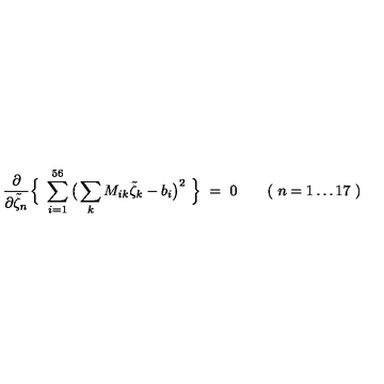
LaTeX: \frac { \partial } { \partial \tilde { \zeta } _ { n } } \Big \{ \ \sum _ { i = 1 } ^ { 5 6 } \big ( \sum _ { k } M _ { i k } \tilde { \zeta } _ { k } - b _ { i } \big ) ^ { 2 } \ \Big \} \ = \ 0 \qquad ( \ n = 1 \ldots 1 7 \ )